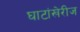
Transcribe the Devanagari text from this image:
घाटांखेरीज